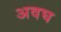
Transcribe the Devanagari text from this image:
अवघ